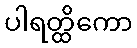
ပါရတ္ထိကော